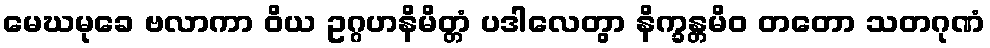
မေဃမုခေ ဗလာကာ ဝိယ ဥဂ္ဂဟနိမိတ္တံ ပဒါလေတွာ နိက္ခန္တမိဝ တတော သတဂုဏံ